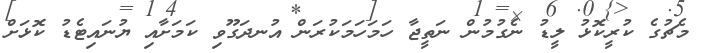
މެޗުގެ ކުރީކޮޅު ލީޑު ނެގުމުން ނަތީޖާ ހަމަހަމަކުރަން އުނދަގޫވި ކަމަށާއި ޔުނައިޓެޑު ކޮޅަށް